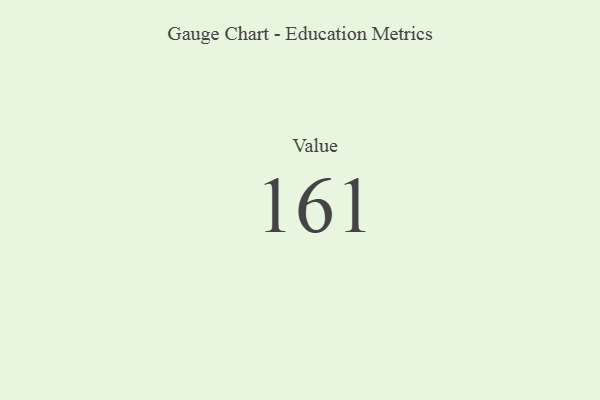
{"axis": {"x": "Metric", "y": "Value"}, "legend": [""], "data": [{"x": "Value", "y": 161, "type": ""}]}